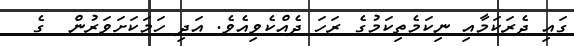
ގައި ދެރަކަމާއި ނިކަމެތިކަމުގެ ރަހަ ދެއްކެވިއެވެ. އަދި ހަމަކަށަވަރުން  ގެ